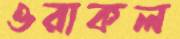
ওরাকল